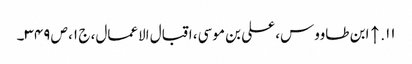
۱۱. ↑ ابن طاووس، علی بن موسی، اقبال الاعمال، ج ۱، ص ۳۴۹۔